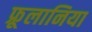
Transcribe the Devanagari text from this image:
फ्रूलानिया